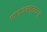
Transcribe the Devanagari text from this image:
पाण्डवस्ततः॥